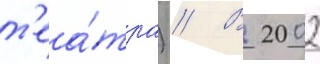
т'еа́тра) // В 2002